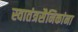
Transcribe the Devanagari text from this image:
स्वातंत्रसैनिकांना